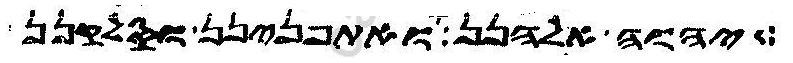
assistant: יהוה אלהנן ואתפנינן וסלקנן